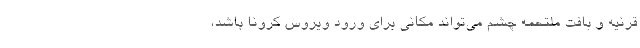
قرنیه و بافت ملتحمه چشم می‌تواند مکانی برای ورود ویروس کرونا باشد،